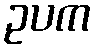
ဥပက